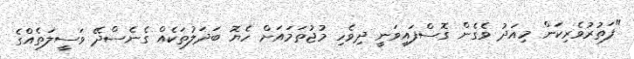
"ފަތުރުވެރިކަން މިއަދު ވެގެން ގޮސްފައިވަނީ ދިވެހި މުޖުތަމައަށް ހެޔޮ ބަދަލުތަކެއް ގެނެސްދޭ ވަސީލަތެއްގެ